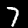
Label: 7